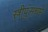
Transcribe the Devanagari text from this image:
स्त्रीपुंसधर्म